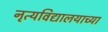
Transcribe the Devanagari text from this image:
नृत्यविद्यालयाच्या